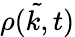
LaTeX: \tilde{\rho(k,t)}